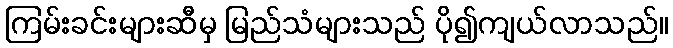
ကြမ်းခင်းများဆီမှ မြည်သံများသည် ပို၍ကျယ်လာသည်။